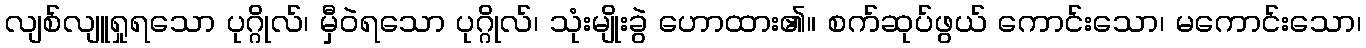
လျစ်လျူရှုရသော ပုဂ္ဂိုလ်၊ မှီဝဲရသော ပုဂ္ဂိုလ်၊ သုံးမျိုးခွဲ ဟောထား၏။ စက်ဆုပ်ဖွယ် ကောင်းသော၊ မကောင်းသော၊